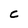
Character: C